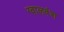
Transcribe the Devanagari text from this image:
ग्वालवंश